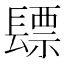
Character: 𮤃